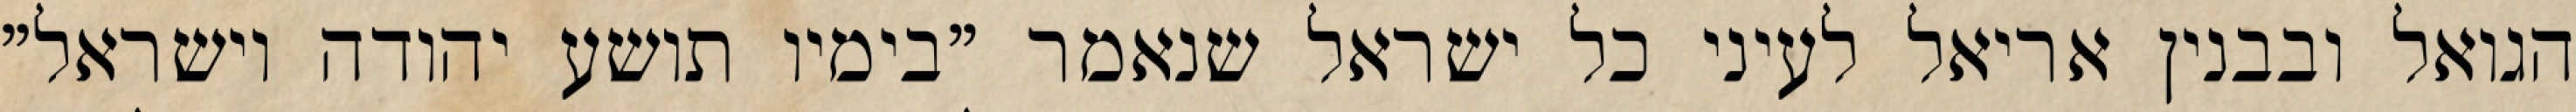
הגואל ובבנין אריאל לעיני כל ישראל שנאמר "בימיו תושע יהודה וישראל"